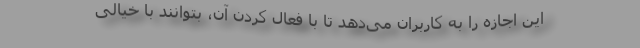
این اجازه را به کاربران می‌دهد تا با فعال کردن آن، بتوانند با خیالی